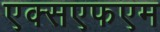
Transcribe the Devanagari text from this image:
एक्सएफएम